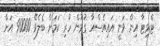
ޓްވިޓާ އިން ވަނީ އައިއެސްއާ ގުޅުން ހުރި ކަމަށް ބެލެވޭ 90000 އަށް